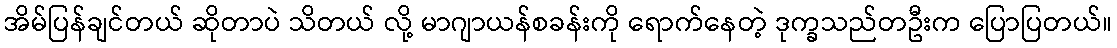
အိမ်ပြန်ချင်တယ် ဆိုတာပဲ သိတယ် လို့ မာဂျာယန်စခန်းကို ရောက်နေတဲ့ ဒုက္ခသည်တဦးက ပြောပြတယ်။